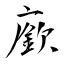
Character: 廞